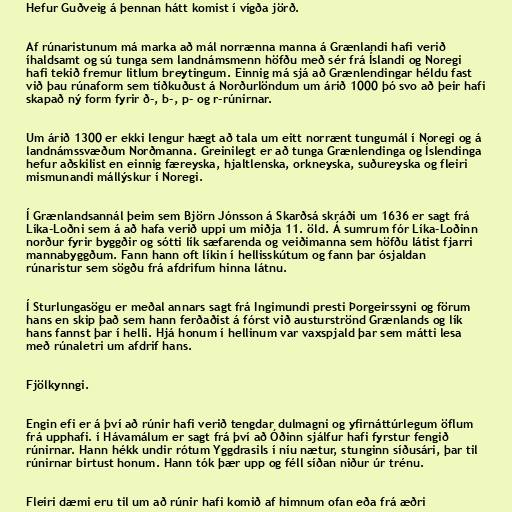
Hefur Guðveig á þennan hátt komist í vígða jörð.

Af rúnaristunum má marka að mál norrænna manna á Grænlandi hafi verið
íhaldsamt og sú tunga sem landnámsmenn höfðu með sér frá Íslandi og Noregi
hafi tekið fremur litlum breytingum. Einnig má sjá að Grænlendingar héldu fast
við þau rúnaform sem tíðkuðust á Norðurlöndum um árið 1000 þó svo að þeir hafi
skapað ný form fyrir ð-, b-, p- og r-rúnirnar.

Um árið 1300 er ekki lengur hægt að tala um eitt norrænt tungumál í Noregi og á
landnámssvæðum Norðmanna. Greinilegt er að tunga Grænlendinga og Íslendinga
hefur aðskilist en einnig færeyska, hjaltlenska, orkneyska, suðureyska og fleiri
mismunandi mállýskur í Noregi.

Í Grænlandsannál þeim sem Björn Jónsson á Skarðsá skráði um 1636 er sagt frá
Líka-Loðni sem á að hafa verið uppi um miðja 11. öld. Á sumrum fór Líka-Loðinn
norður fyrir byggðir og sótti lík sæfarenda og veiðimanna sem höfðu látist fjarri
mannabyggðum. Fann hann oft líkin í hellisskútum og fann þar ósjaldan
rúnaristur sem sögðu frá afdrifum hinna látnu.

Í Sturlungasögu er meðal annars sagt frá Ingimundi presti Þorgeirssyni og förum
hans en skip það sem hann ferðaðist á fórst við austurströnd Grænlands og lík
hans fannst þar í helli. Hjá honum í hellinum var vaxspjald þar sem mátti lesa
með rúnaletri um afdrif hans.

Fjölkynngi.

Engin efi er á því að rúnir hafi verið tengdar dulmagni og yfirnáttúrlegum öflum
frá upphafi. í Hávamálum er sagt frá því að Óðinn sjálfur hafi fyrstur fengið
rúnirnar. Hann hékk undir rótum Yggdrasils í níu nætur, stunginn síðusári, þar til
rúnirnar birtust honum. Hann tók þær upp og féll síðan niður úr trénu.

Fleiri dæmi eru til um að rúnir hafi komið af himnum ofan eða frá æðri